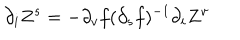
\partial _ { i } Z ^ { s } = - \partial _ { v } f ( \partial _ { s } f ) ^ { - 1 } \partial _ { i } Z ^ { v }